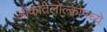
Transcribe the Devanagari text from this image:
ओकोतेलोल्कोमध्ये